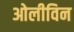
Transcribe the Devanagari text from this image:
ओलीविन